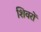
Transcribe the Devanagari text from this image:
शिवरों